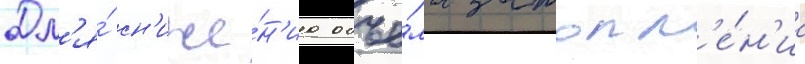
Дл'я́ сн'иже́н'иа объё́ма затопл'е́н'иа